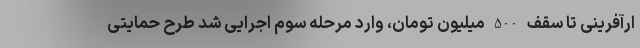
ارآفرینی تا سقف 500 میلیون تومان، وارد مرحله سوم اجرایی شد طرح حمایتی